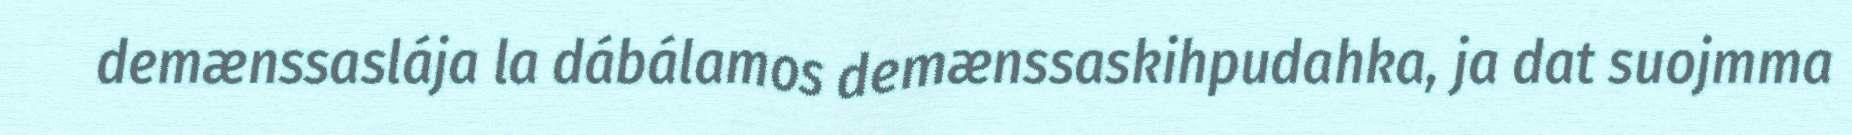
demænssaslája la dábálamos demænssaskihpudahka, ja dat suojmma